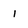
Character: i